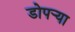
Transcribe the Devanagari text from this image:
डोपर्‍या